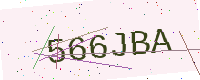
Text: 566JBA